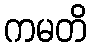
ကမတိ